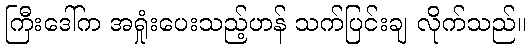
ကြီးဒေါ်က အရှုံးပေးသည့်ဟန် သက်ပြင်းချ လိုက်သည်။